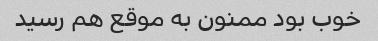
خوب بود ممنون به موقع هم رسید